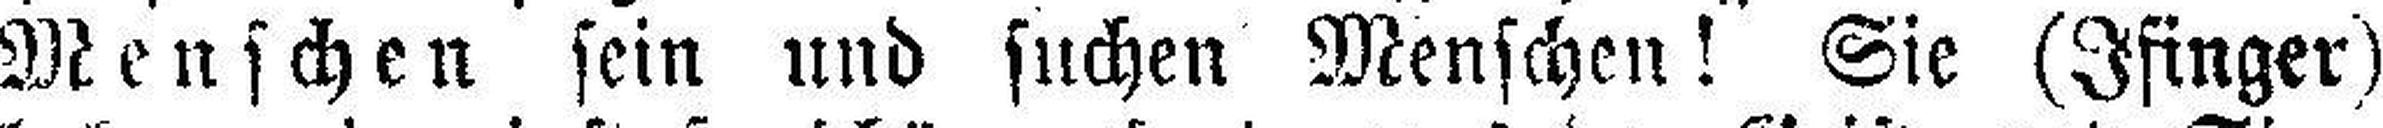
Menschen sein und suchen Menschen! Sie (Ifinger)